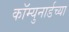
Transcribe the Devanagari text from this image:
कॉम्युनार्डच्या